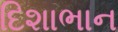
દિશાભાન